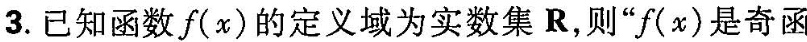
3.已知函数f(x)的定义域为实数集R，则”f(x)是奇函